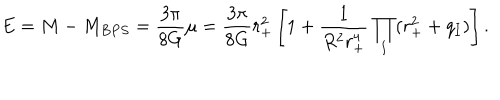
E = M - M _ { B P S } = \frac { 3 \pi } { 8 G } \mu = \frac { 3 \pi } { 8 G } r _ { + } ^ { 2 } \left[ 1 + \frac { 1 } { R ^ { 2 } r _ { + } ^ { 4 } } \prod _ { I } ( r _ { + } ^ { 2 } + q _ { I } ) \right] .